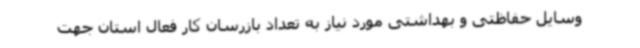
وسایل حفاظتی و بهداشتی مورد نیاز به تعداد بازرسان کار فعال استان جهت